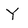
Character: Y